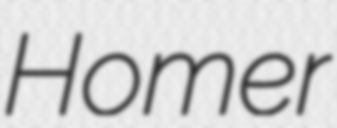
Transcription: Homer